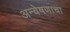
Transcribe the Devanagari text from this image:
अन्वेषणाचा